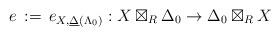
LaTeX: \begin{align*}e\,:=\,e_{X,\underline{\Delta}(\Lambda_0)}: X\boxtimes_R \Delta_0\to \Delta_0\boxtimes_R X\end{align*}